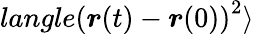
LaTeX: langle\left(\boldsymbol{r}(t)-\boldsymbol{r}(0)\right)^{2}\rangle